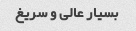
بسیار عالی و سریغ